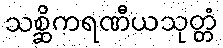
သစ္ဆိကရဏီယသုတ္တံ